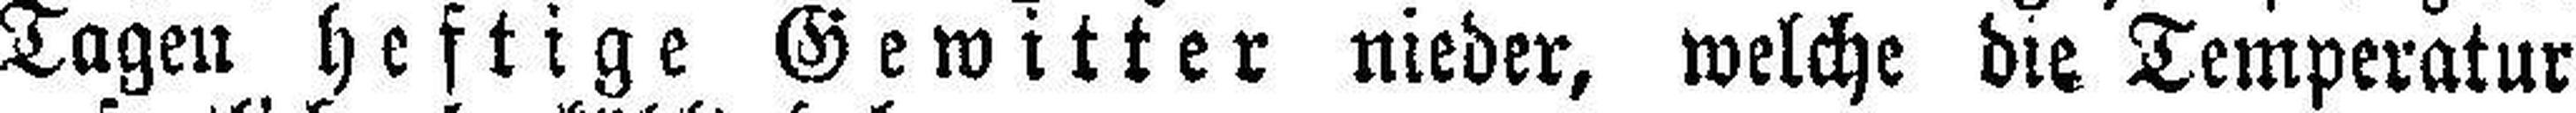
Tagen heftige Gewitter nieder, welche die Temperatur